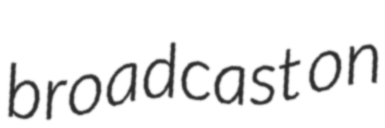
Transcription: broadcast on